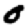
Digit: 0